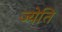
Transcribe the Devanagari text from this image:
ज्येति